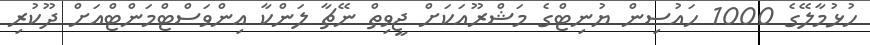
ހުޅުމާލޭގެ 1000 ހައުސިން ޔުނިޓްގެ މަޝްރޫއަކަށް ޖީވިތް ނޭޗާ ލަންކާ އިންވަސްޓްމަންޓްއަށް ދޫކުރި